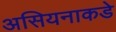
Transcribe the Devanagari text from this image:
असियनाकडे